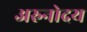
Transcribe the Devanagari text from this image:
अरुनोदय